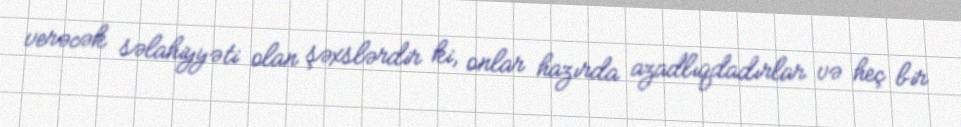
verəcək səlahiyyəti olan şəxslərdir ki, onlar hazırda azadlıqdadırlar və heç bir